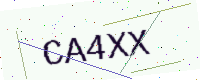
Text: CA4XX